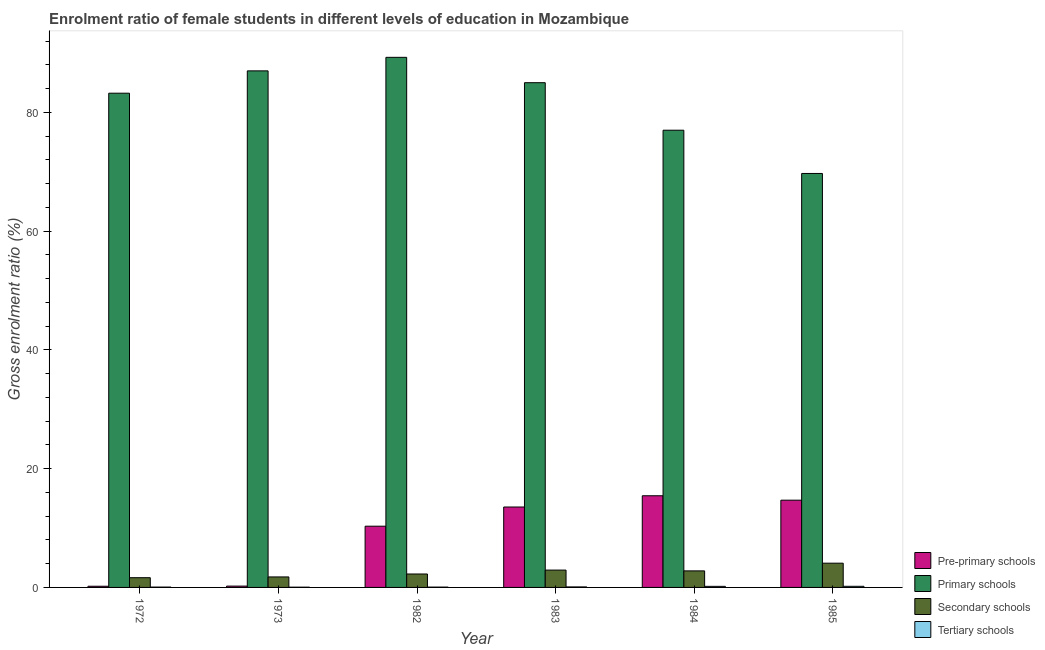
| Year | Pre-primary schools | Primary schools | Secondary schools | Tertiary schools |
 | --- | --- | --- | --- | --- |
 | 1972 | 0.2 | 83.2 | 1.64 | 0.0582 |
 | 1973 | 0.222 | 87 | 1.77 | 0.0411 |
 | 1982 | 10.3 | 89.3 | 2.26 | 0.0541 |
 | 1983 | 13.5 | 85 | 2.92 | 0.0861 |
 | 1984 | 15.4 | 77 | 2.79 | 0.181 |
 | 1985 | 14.7 | 69.7 | 4.08 | 0.19 |